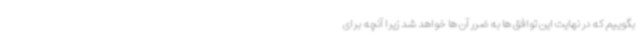
بگوییم که در نهایت این توافق ها به ضرر آن ها خواهد شد زیرا آنچه برای